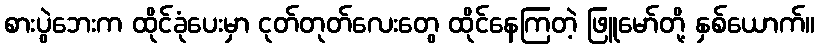
စားပွဲဘေးက ထိုင်ခုံပေးမှာ ငုတ်တုတ်လေးတွေ ထိုင်နေကြတဲ့ ဖြူမော်တို့ နှစ်ယောက်။